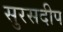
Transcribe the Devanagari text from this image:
सुरसदीप